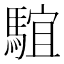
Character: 𩤒